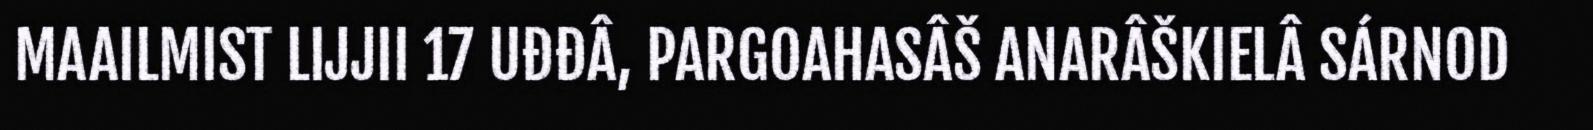
MAAILMIST LIJJII 17 UĐĐÂ, PARGOAHASÂŠ ANARÂŠKIELÂ SÁRNOD